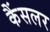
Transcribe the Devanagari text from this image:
कैंसलर